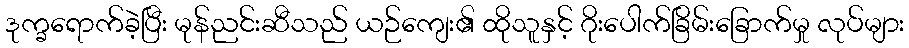
ဒုက္ခရောက်ခဲ့ပြီး မုန်ညင်းဆီသည် ယဉ်ကျေး၏ ထိုသူနှင့် ဂိုးပေါက်ခြိမ်းခြောက်မှု လုပ်များ